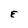
Character: E